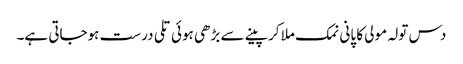
دس تولہ مولی کا پانی نمک ملا کر پینے سے بڑھی ہوئی تلی درست ہوجاتی ہے۔